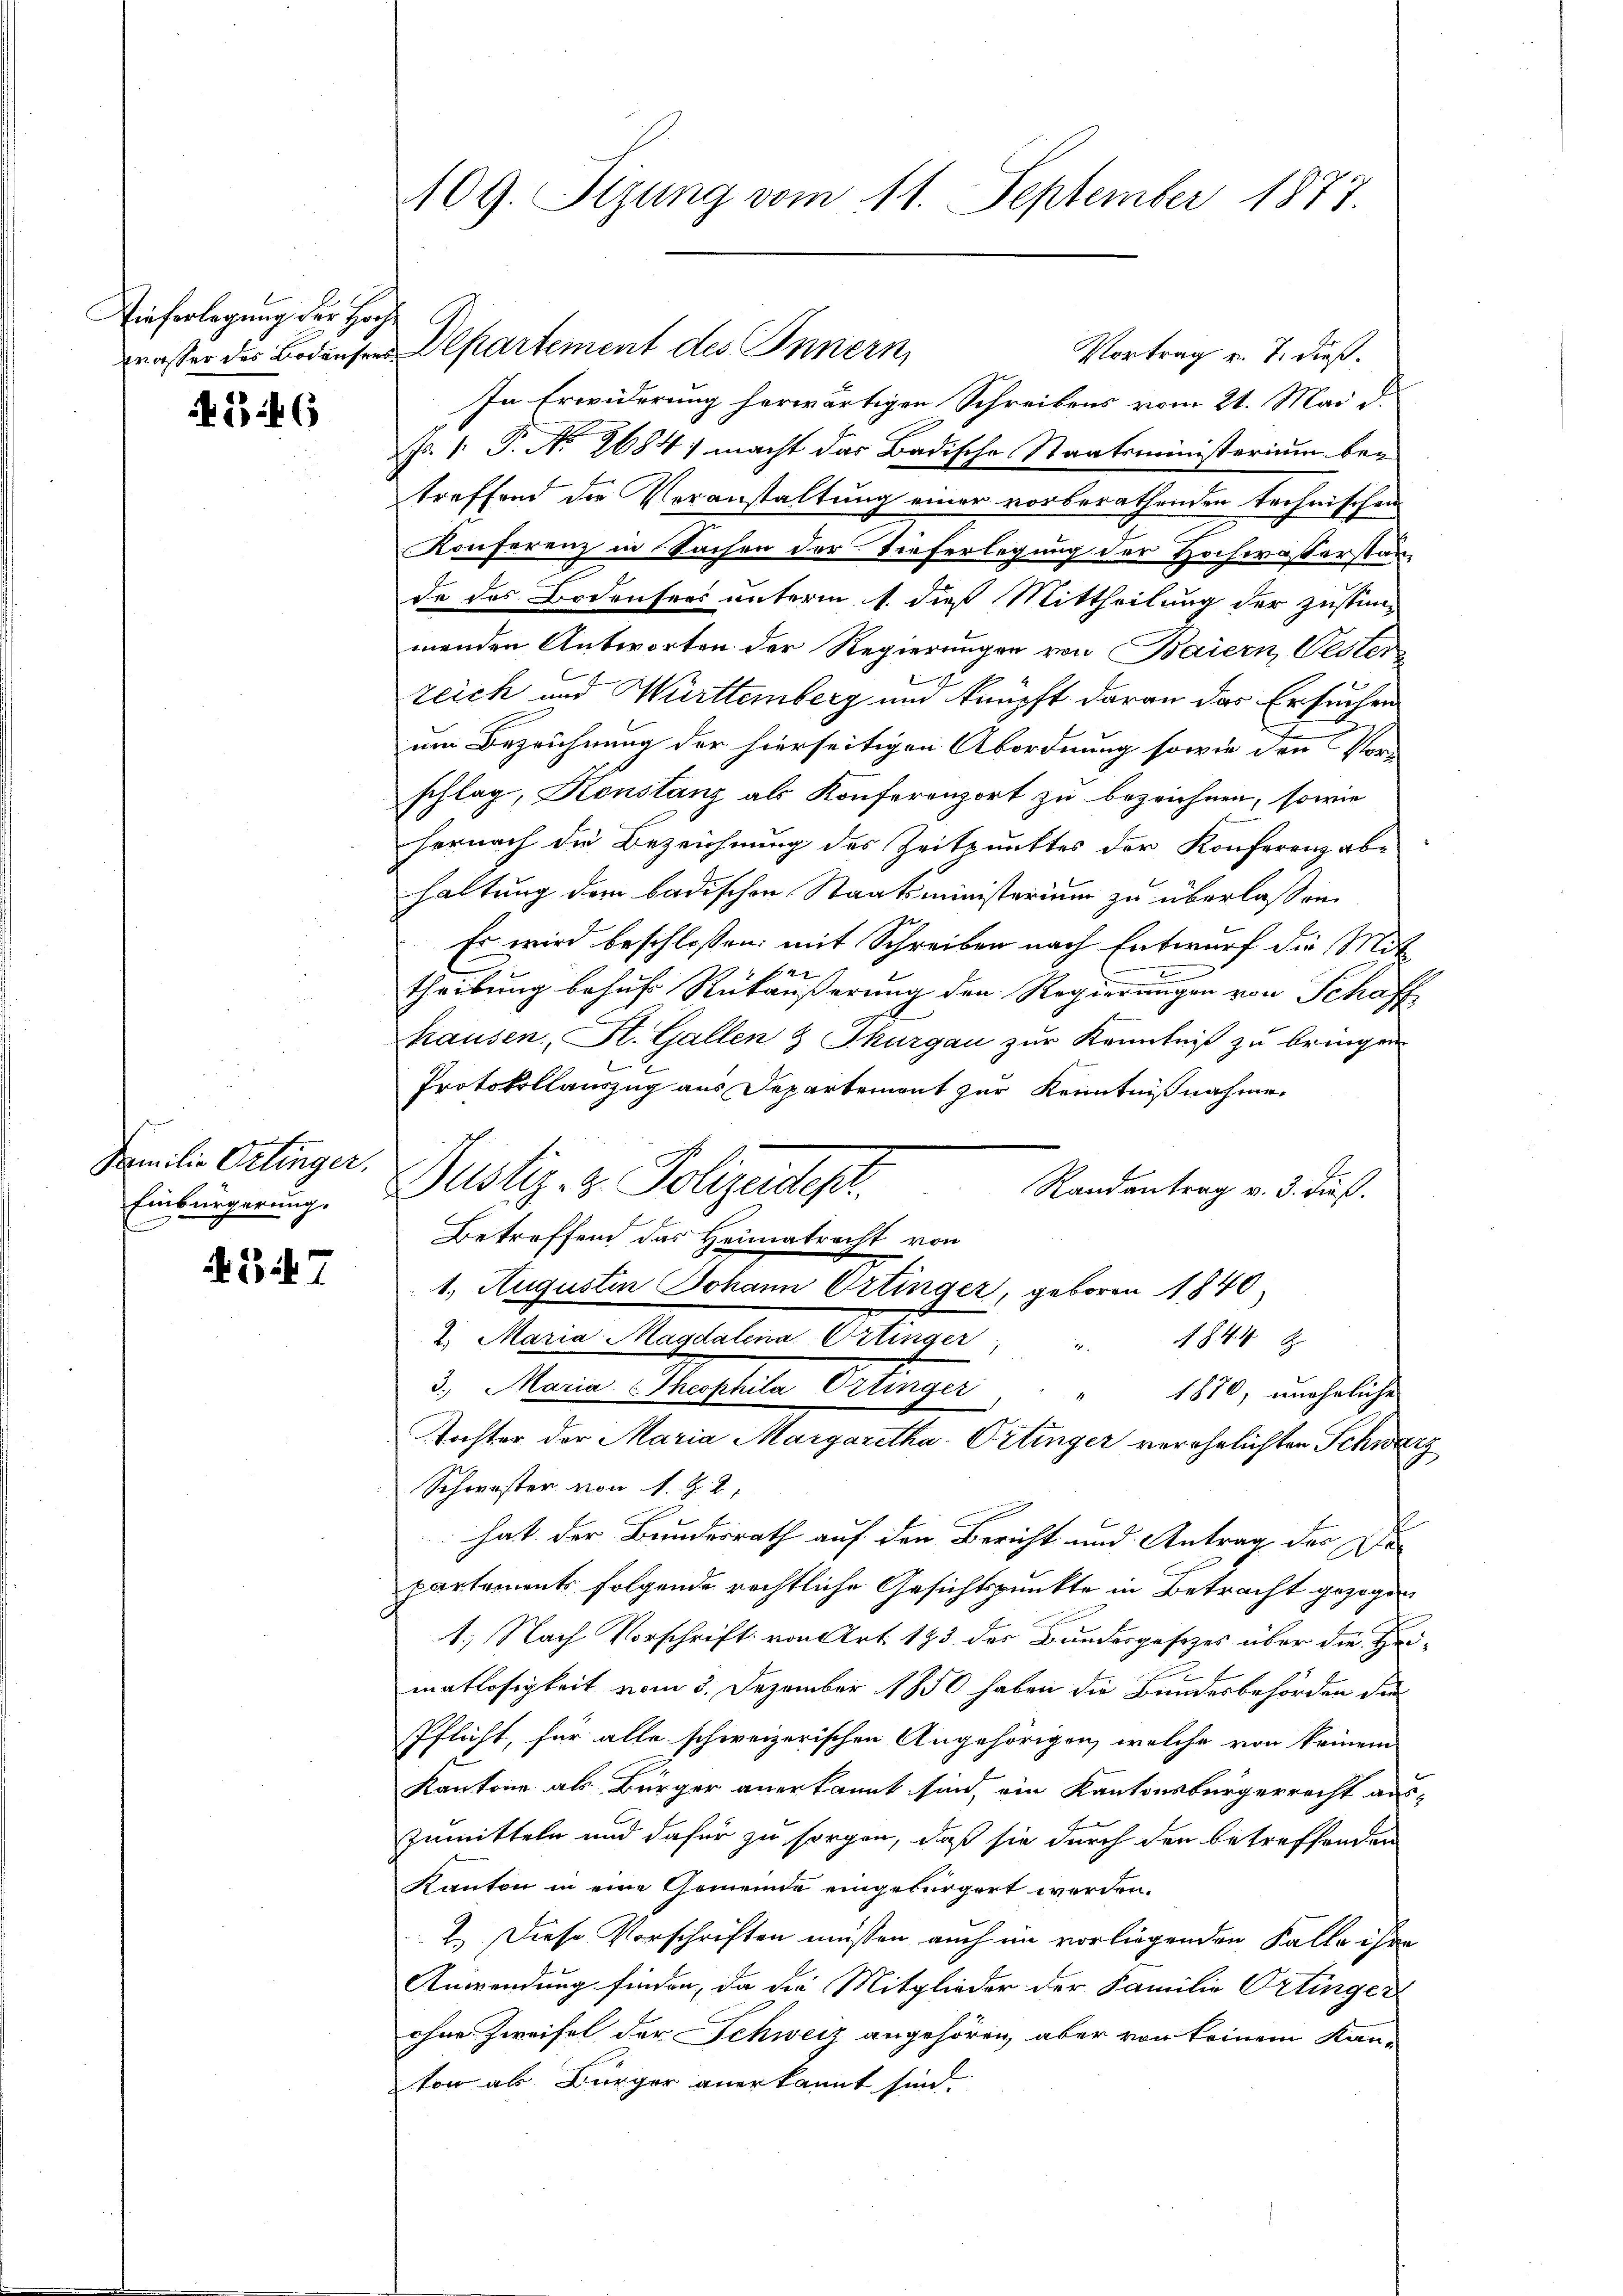
Tieferlegung der Hoch¬

G 46

Familie Ortinger,
Einbürgerung.

434. 7

Vortrag u. T. dieß.
In Erwiderung herwärtigen Schreibens vom 21. Mai d.
Nr. 1. P. No 2684) macht das Badische Staatsministerium betreffend die Veranstaltung einer vorberathenden technischen
Konferenz in Sachen der Tieferlegung der Hochwasserstan-
de des Bodensers unterm 1. dieß Mittheilung der Zustim-
menden Antworten der Regierungen von Baiern, Oester
zeich und Württemberg und knüpft daran das Ersuchen
um Bezeichnung der hierseitigen Abordnung sowie den Vorschlag, Konstanz als Konferenzort zu bezeichnen, sowie
hernach die Bezeichnung des Zeitpunktes der Konferenz abe
haltung dem badischen Staatsministerium zu überlassen.
Es wird beschlossen: mit Schreiben nach Entwurf die Mit¬
E
theilung behufs Rückäußerung den Regierungen von Schaff
hausen, St. Gallen & Thurgau zur Kenntniß zu bringen
Protokollauszug aus Departement zur Kenntnißnahme.
Justiz- & Polizeides.
Randantrag v. 3. dieß.
1. Augustin Johann Ortinger, geboren 1840
2. Maria Magdalena Ortinger
1844
1
3. Maria Theophila Ortinger
1870, uneheliche
Tochter der Maria Margaretha-Ortinger verehelichten Schwarz
Schwester von N. Z. 2
l
 hat der Bundesrath auf den Bericht und Antrag der Ge-
partements folgende rechtliche Gesichtspunkte in Betracht gezogen
1; Nach Vorschrift von Art. 193 des Bundesgesetzes über die Heimatlosigkeit vom 3. Dezember 1850 haben die Bundesbehörden der
Pflicht, für alle schweizerischen Angehörigen, welche von keinem
Kantone als Bürger anerkannt sind, ein Kantonsbürgerrecht aus-
Zumitteln und dafür zu sorgen, daß sie durch den betreffenden
Kanton in eine Gemeinde eingebürgert werden.
2. Diese Vorschriften müssen auch im vorliegenden Falle ihre
Anwendung finden, da die Mitglieder der Familie Ortinger
ohne Zweifel der Schweiz angehören, aber von keinem Kan-
tor als Bürger anerkannt sind.

109. Sizung vom 11. September 1877.

masser des Bodensen Departement des Innern,

Betreffend das Heimatracht von